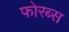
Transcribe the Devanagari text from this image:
फोरब्स